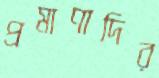
প্রমাণাদির